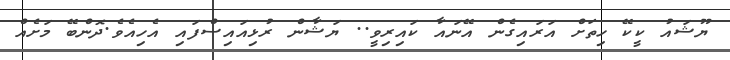
ޔޫޝައު ކީކޭ ހިތަށް އަރައިގެން އޭނައާ ކައިރިވީ.. ޔަޝާން ރުޅިއައިސްފައި އެހިއެވެ.ދޮންބޭ މަށެއް